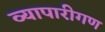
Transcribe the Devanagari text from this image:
व्‍यापारीगण